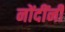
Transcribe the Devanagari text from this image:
नोंदींनी